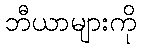
ဘီယာများကို